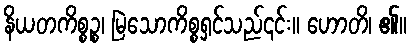
နိယတကိစ္စဉ္စ၊ မြဲသောကိစ္စရှင်သည်၎င်း။ ဟောတိ၊ ၏။